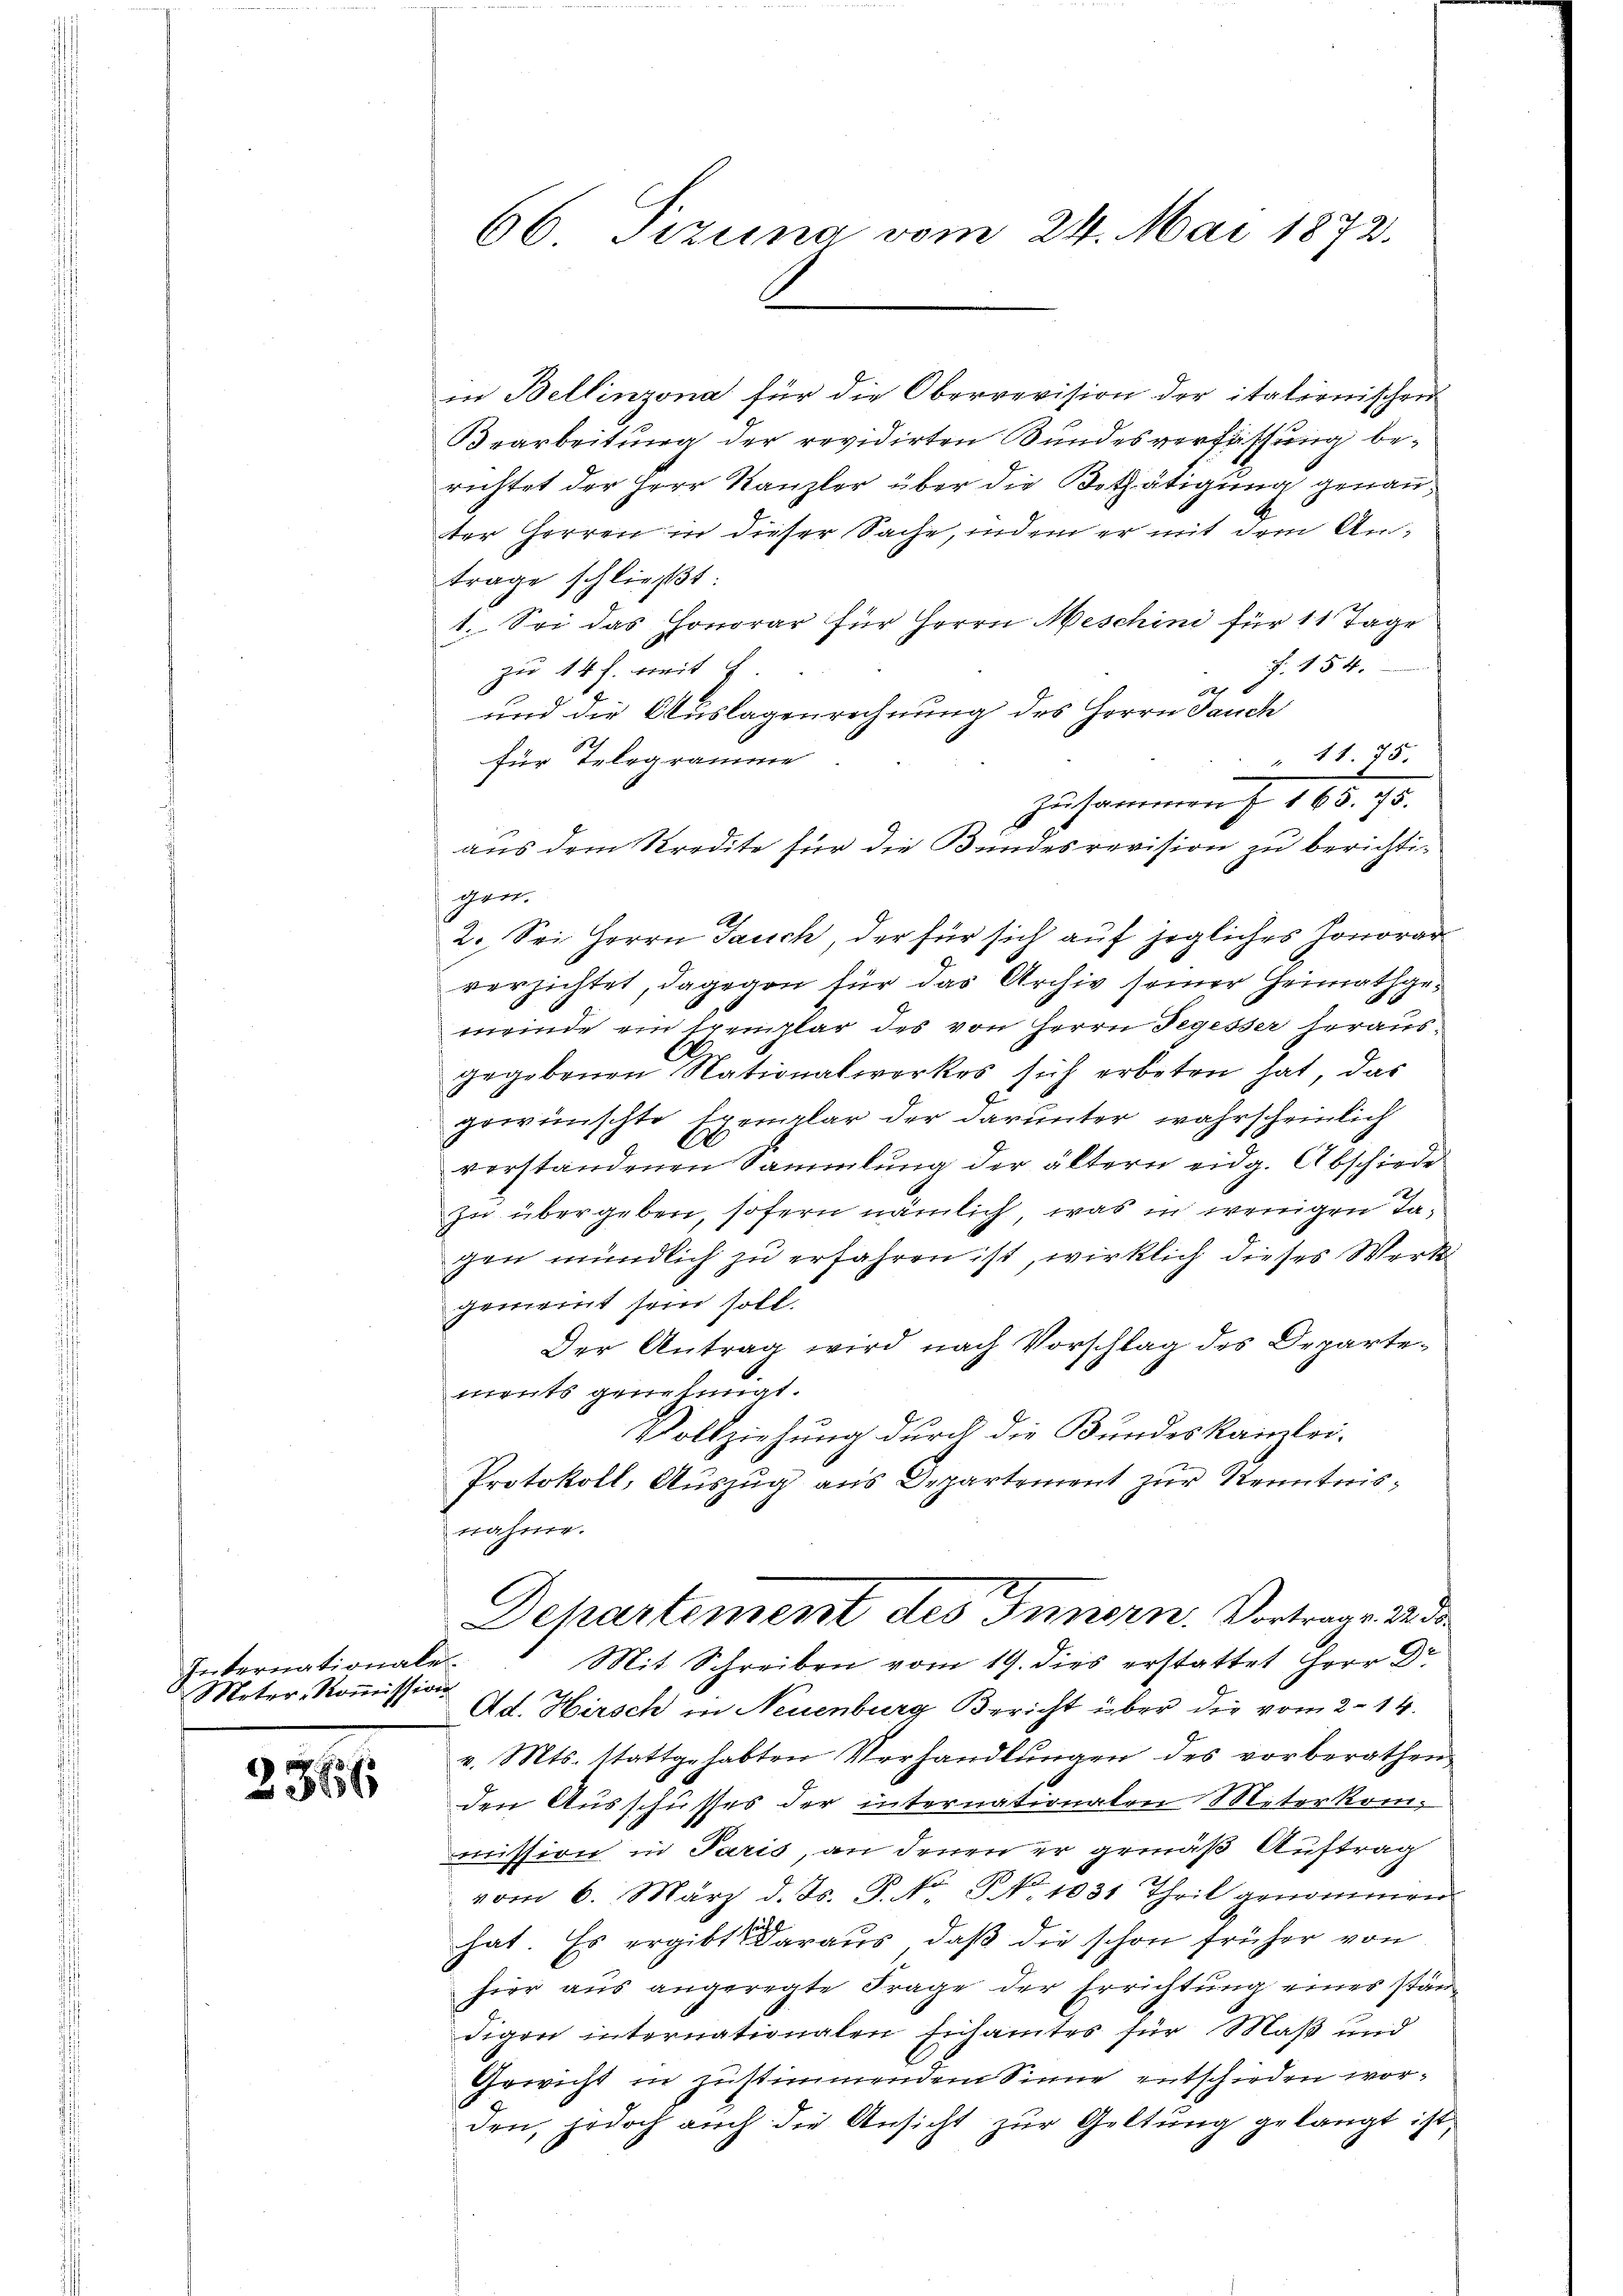
Internationale.
Meter-Kommission

2366

in Bellinzona für die Oberrevision der italienischen
Bearbeitung der revidirten Bundesverfassung berichtet der Herr Kanzler über die Bethätigung genan
ter Herren in dieser Sache, indem er mit dem Antrage schließt:
1. Sei das Honorar für Herrn Meschini für 1 1 Tage
F. 154.
zu 14 f. weit
12
und die Auslagenrechnung des Herrn Jauch
für Telegramme
gen.
.
2. Sei Herrn Jauch, der für sich auf jegliches Honorar
verzichtet, dagegen für das Archiv seiner Heimathgemeinde ein Exemplar des von Herrn Segesser herausgegebenen Nationalwerkes sich erbeten hat, das
gewünschte Exemplar der darunter wahrscheinlich
vorstandenen Sammlung der ältern eidg. Abschiede
In übergeben, sofern nämlich, was in wenigen Tagen mündlich zu erfahren ist, wirklich dieses Werk
gemeint sein soll.
Der Antrag wird nach Vorschlag des Departements genehmigt.
Vollziehung durch die Bundeskanzlei-
Protokoll, Auszug aus Departement zur Kenntnisnahme.

66 Tizina vom 24. Mai 1872.

11. 75.
Zusammen 165. 75.
aus dem Kredite für die Bundesrevision zu berichti¬

Departement des Innern. Vortrage d
Mit Schreiben vom 19. dies erstattet Herr Dr
Ad. Hirsch in Neuenburg Bericht über die vom 2. 14.

v. Mts. stattgehabten Verhandlungen des vorberathen
den Ausschusses der internationalen Meterkommission in Paris, an denen er gemäß Auftrag
vom 6. März d. Js. P. Nr. § 1031 Theil genommen
hat. Es ergibt daraus, daß die schon früher von
hier aus angeregte Frage der Errichtung eines ständigen internationalen Eisamtes für Maß und
Gewicht in zustimmendem Sinne entschieden worden, jedoch auch die Ansicht zur Geltung gelangt ist